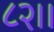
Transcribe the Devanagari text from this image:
८२।।